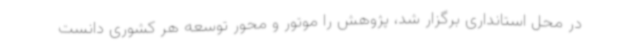
در محل استانداری برگزار شد، پژوهش را موتور و محور توسعه هر کشوری دانست